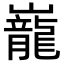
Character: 巃